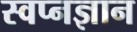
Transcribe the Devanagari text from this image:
स्वप्नज्ञान